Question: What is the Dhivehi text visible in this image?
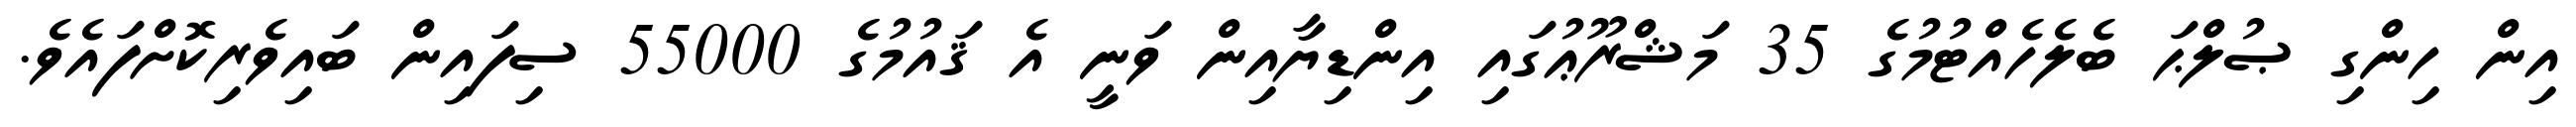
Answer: އިން ހިންގި ޞުލްޙަ ބެލެހެއްޓުމުގެ 35 މަޝްރޫޢުގައި އިންޑިޔާއިން ވަނީ އެ ޤައުމުގެ 55000 ސިފައިން ބައިވެރިކޮށްފައެވެ.